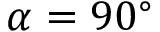
\alpha = 9 0 ^ { \circ }